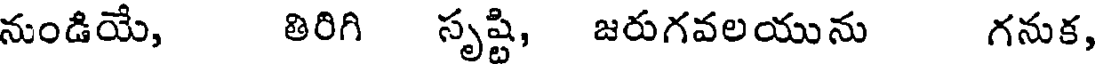
నుండియే, తిరిగి సృష్టి, జరుగవలయును గనుక,